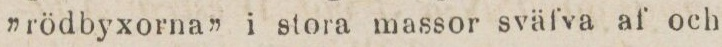
”rödbyxorna” i stora massor sväfva af och